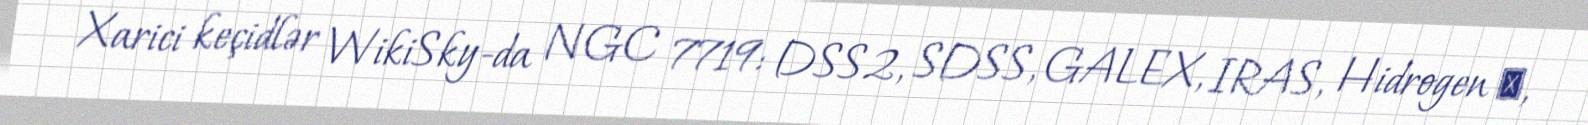
Xarici keçidlər WikiSky-da NGC 7719: DSS2, SDSS, GALEX, IRAS, Hidrogen α,